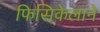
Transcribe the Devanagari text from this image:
फिसिकेलाने